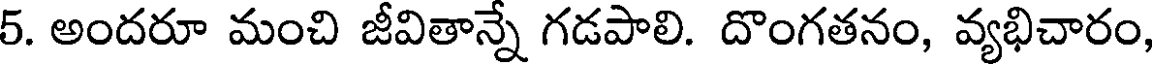
5. అందరూ మంచి జీవితాన్నే గడపాలి. దొంగతనం, వ్యభిచారం,